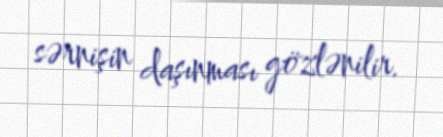
sərnişin daşınması gözlənilir.